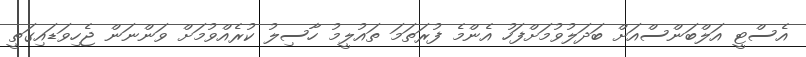
އެސްޓީ އަލްބަންސްއަށް ބަދަލުވުމަށްފަހު އެންމެ ފުރަތަމަ ތައުލީމު ހާސިލު ކުރެއްވުމަށް ވަންނަން ޖެހިވަޑައިގަތީ